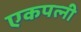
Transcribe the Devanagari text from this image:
एकपत्‍नी